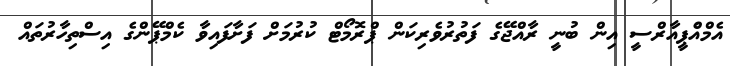
އެމްއެްޕީއާރްސީ އިން ބުނީ ރާއްޖޭގެ ފަތުރުވެރިކަން ޕްރޮމޯޓް ކުރުމަށް ފަށާފައިވާ ކެމްޕޭންގެ އިސްތިހާރުތައް